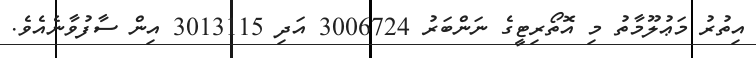
އިތުރު މަޢުލޫމާތު މި އޮތޯރިޓީގެ ނަންބަރު 3006724 އަދި 3013115 އިން ސާފުވާނެއެވެ.